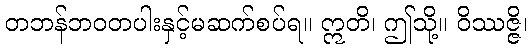
တဘန်ဘဝတပါးနှင့်မဆက်စပ်ရ။ ဣတိ၊ ဤသို့။ ဝိဿဇ္ဇိ၊